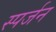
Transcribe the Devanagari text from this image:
स्पर्जन